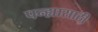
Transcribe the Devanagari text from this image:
पन्ह्यासाठी